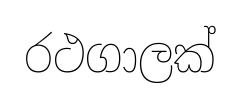
රථගාලක්